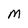
Character: M